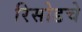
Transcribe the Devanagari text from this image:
रिसोडचे